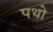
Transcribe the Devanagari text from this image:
पथो